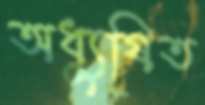
অধ্যুষিত